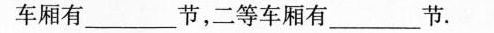
车厢有___节，二等车厢有___节。